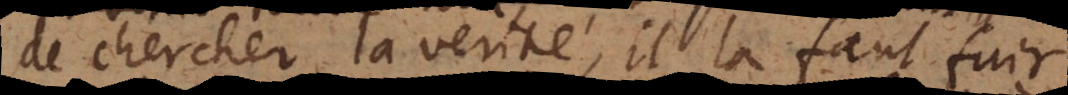
de chercher la verité, il la faut fuir